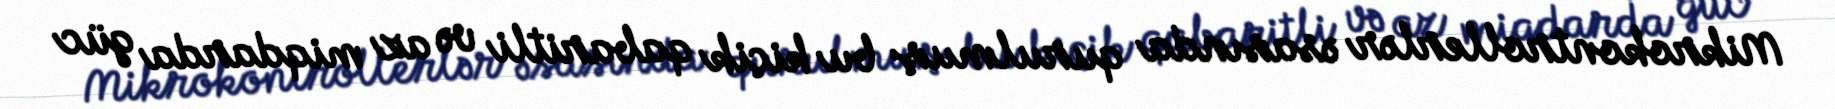
Mikrokontrollerlər əsasında qurulmuş bu kiçik qabaritli və az miqdarda güc